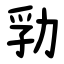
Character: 㔜